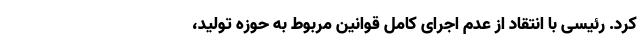
کرد. رئیسی با انتقاد از عدم اجرای کامل قوانین مربوط به حوزه تولید،